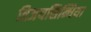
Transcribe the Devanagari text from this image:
विजयसिन्धिया